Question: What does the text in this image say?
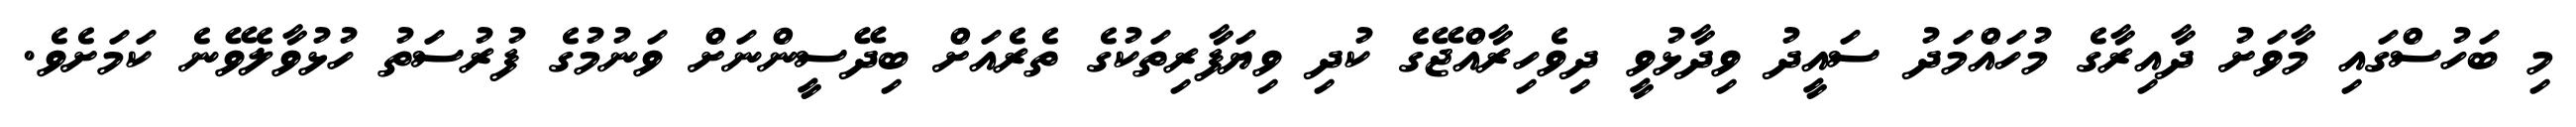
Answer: މި ބަހުސްގައި މާވަށު ދާއިރާގެ މުހައްމަދު ސައީދު ވިދާޅުވީ ދިވެހިރާއްޖޭގެ ކުދި ވިޔަފާރިތަކުގެ ތެރެއަށް ބިދޭސީންނަށް ވަނުމުގެ ފުރުސަތު ހުޅުވާލެވޭނެ ކަމަށެވެ.